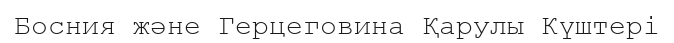
Босния және Герцеговина Қарулы Күштері